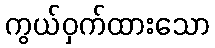
ကွယ်ဝှက်ထားသော